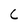
Character: L